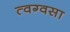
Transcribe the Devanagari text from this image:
त्वग्वसा